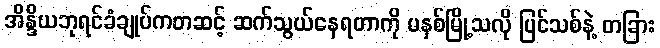
အိန္ဒိယဘုရင်ခံချုပ်ကတဆင့် ဆက်သွယ်နေရတာကို မနှစ်မြို့သလို ပြင်သစ်နဲ့ တခြား